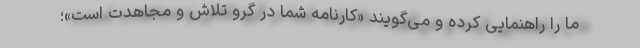
ما را راهنمایی کرده و می‌گویند «کارنامه شما در گرو تلاش و مجاهدت است»؛